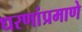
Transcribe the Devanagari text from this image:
धरणांप्रमाणे